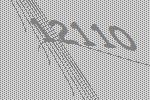
12110